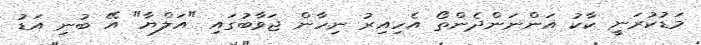
މަޑުކުރަނީ ކާކު އަންނަންދެންތޯ އެހިއިރު ނިހާން ޖަވާބުގައި "އަލްޔާ" އޭ ބުނި އަޑު